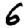
Digit: 6